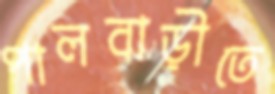
পালবাড়ীতে